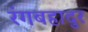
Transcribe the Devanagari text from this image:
रंगबहादुर